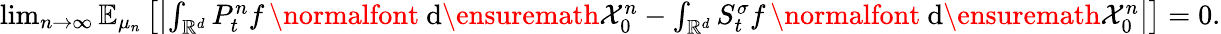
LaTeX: \begin{array}{r}{\operatorname*{lim}_{n\to\infty}{\mathbb E}_{\mu_{n}}\left[\left|\int_{{\mathbb R}^{d}}P_{t}^{n}f\, \mathrm{\normalfont~d}\ensuremath{\mathcal X}_{0}^{n}-\int_{{\mathbb R}^{d}}S_{t}^{\sigma}f\, \mathrm{\normalfont~d}\ensuremath{\mathcal X}_{0}^{n}\right|\right]=0.}\end{array}